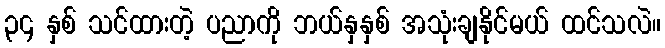
၃၄ နှစ် သင်ထားတဲ့ ပညာကို ဘယ်နှနှစ် အသုံးချနိုင်မယ် ထင်သလဲ။